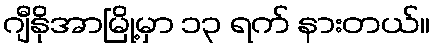
ဂျီနိုအာမြို့မှာ ၁၃ ရက် နားတယ်။